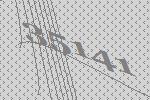
35141